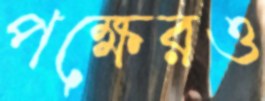
পক্ষেরও